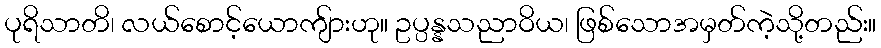
ပုရိသာတိ၊ လယ်စောင့်ယောကျ်ားဟု။ ဥပ္ပန္နသညာဝိယ၊ ဖြစ်သောအမှတ်ကဲ့သို့တည်း။